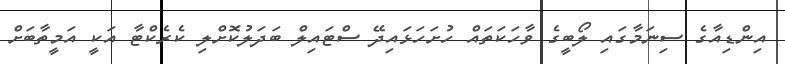
އިންޑިއާގެ ސިނަމާގައި ލޯބީގެ ވާހަކަތައް ހުށަހަޅައިދޭ ސްޓައިލް ބަދަލުކޮށްލި ކެރެކްޓާ އަކީ އަމީތާބަށް